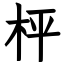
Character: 枰